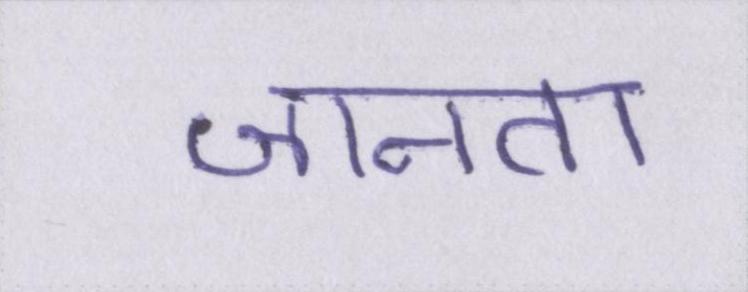
जानता